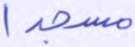
مسجدا